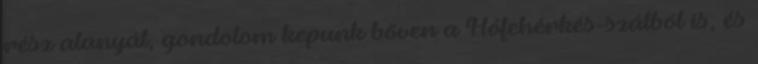
rész alanyát, gondolom kepunk bőven a Hófehérkés-szálból is, és